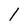
Character: 1